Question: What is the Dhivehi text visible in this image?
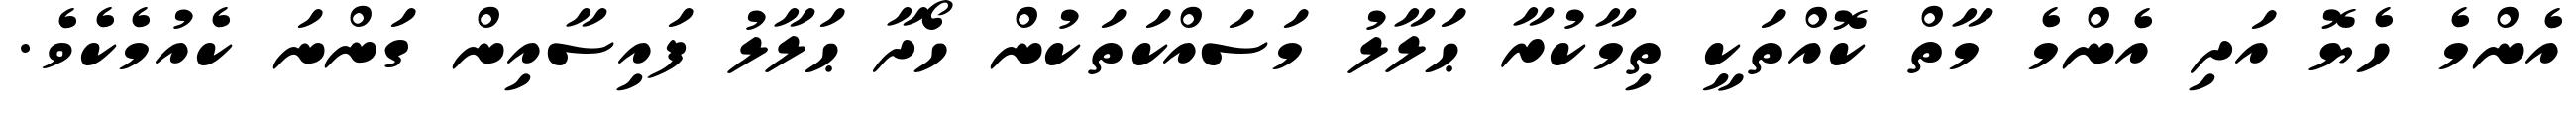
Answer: އެންމެ ހެޔޮ އަދި އެންމެ މާތް ކޮއްތަކީ ތިމާކުރާ ޙަލާލު މަސައްކަތަކުން ހޯދާ ޙަލާލު ފައިސާއިން ގަންނަ ކެއުމެކެވެ.